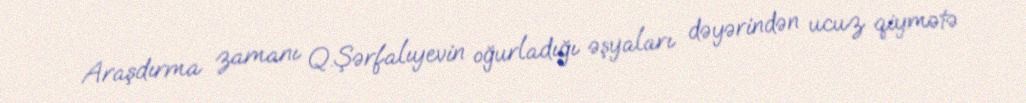
Araşdırma zamanı Q.Şərfalıyevin oğurladığı əşyaları dəyərindən ucuz qiymətə